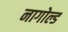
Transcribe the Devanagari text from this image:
नागोल्ड